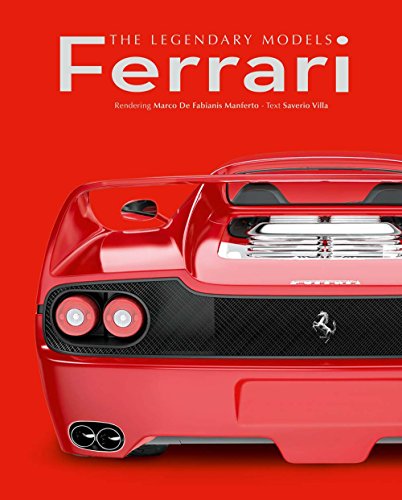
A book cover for Ferrari: The Legendary Models; Saverio Villa; Engineering & Transportation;